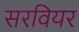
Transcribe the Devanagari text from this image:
सरवियर